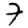
Digit: 7